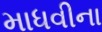
માધવીના